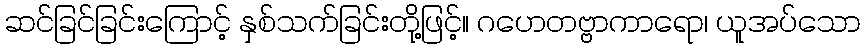
ဆင်ခြင်ခြင်းကြောင့် နှစ်သက်ခြင်းတို့ဖြင့်။ ဂဟေတဗ္ဗာကာရော၊ ယူအပ်သော